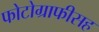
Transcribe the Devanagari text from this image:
फोटोग्राफीसह